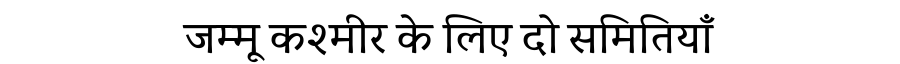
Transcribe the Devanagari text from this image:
जम्मू कश्मीर के लिए दो समितियाँ